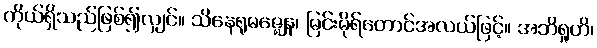
ကိုယ်ရှိသည်ဖြစ်၍လျှင်။ သိနေရုမဇ္ဈေန၊ မြင်းမိုရ်တောင်အလယ်ဖြင့်။ အဘိရူဟိ၊